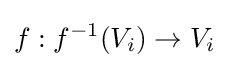
f:f^{-1}(V_{i})\to V_{i}